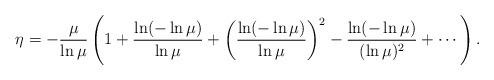
LaTeX: \begin{align*}\protect\eta = -{\frac{\mu}{\ln \mu}}\left( 1 + {\frac{\ln (-\ln \mu)}{\ln \mu}}+ \left({\frac{\ln (-\ln \mu)}{\ln \mu}}\right)^2 - {\frac{\ln (-\ln\mu)}{(\ln \mu)^2}} + \cdots \right) .\end{align*}